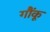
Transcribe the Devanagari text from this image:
गौंकू